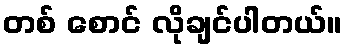
တစ် စောင် လိုချင်ပါတယ်။